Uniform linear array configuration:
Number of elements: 64
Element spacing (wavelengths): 0.5
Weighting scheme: hann
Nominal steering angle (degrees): -60
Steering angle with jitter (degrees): -61.744
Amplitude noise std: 0.05
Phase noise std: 0.05

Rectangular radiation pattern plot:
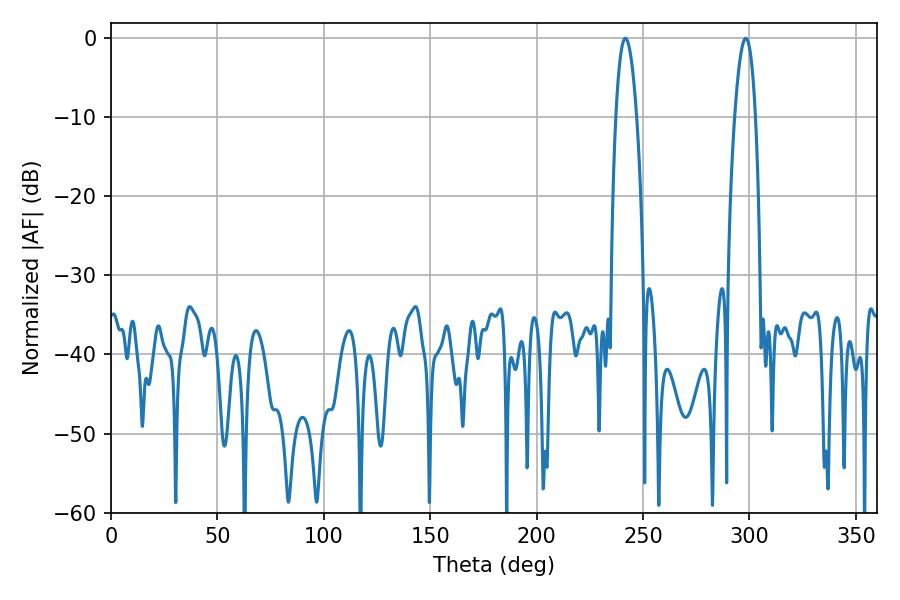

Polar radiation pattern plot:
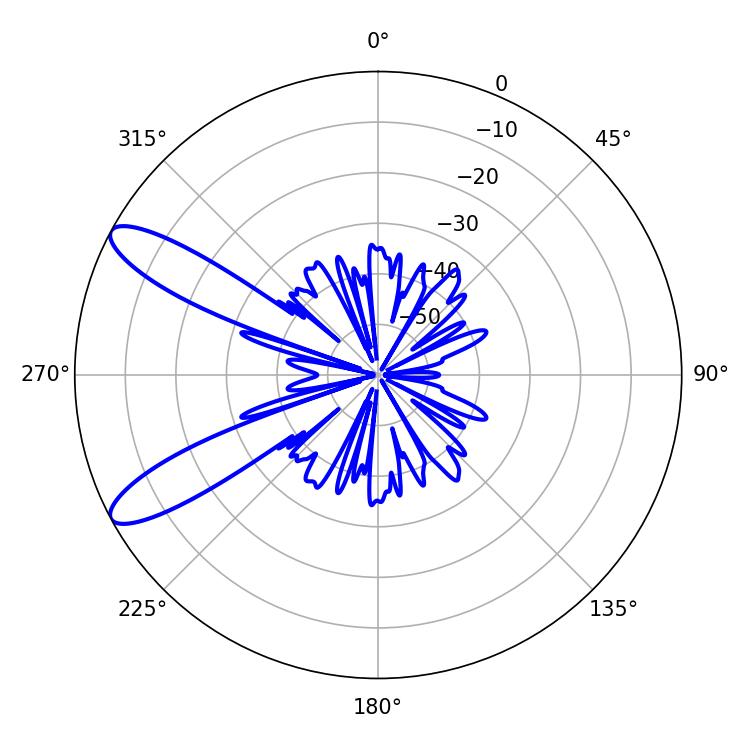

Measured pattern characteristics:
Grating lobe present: FALSE
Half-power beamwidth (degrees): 5.22
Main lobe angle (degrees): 241.74